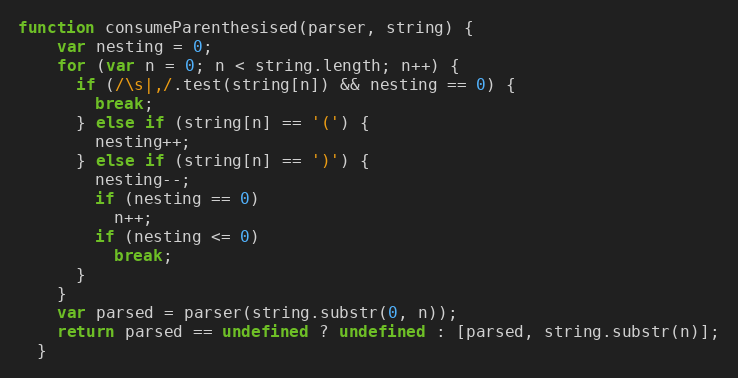
Language: JavaScript
function consumeParenthesised(parser, string) {
    var nesting = 0;
    for (var n = 0; n < string.length; n++) {
      if (/\s|,/.test(string[n]) && nesting == 0) {
        break;
      } else if (string[n] == '(') {
        nesting++;
      } else if (string[n] == ')') {
        nesting--;
        if (nesting == 0)
          n++;
        if (nesting <= 0)
          break;
      }
    }
    var parsed = parser(string.substr(0, n));
    return parsed == undefined ? undefined : [parsed, string.substr(n)];
  }